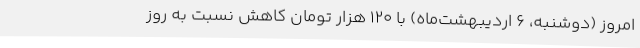
امروز (دوشنبه، ۶ اردیبهشت‌ماه) با ۱۲۰ هزار تومان کاهش نسبت به روز